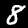
Label: 8